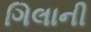
ગિલાની